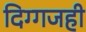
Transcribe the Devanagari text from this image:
दिग्गजही